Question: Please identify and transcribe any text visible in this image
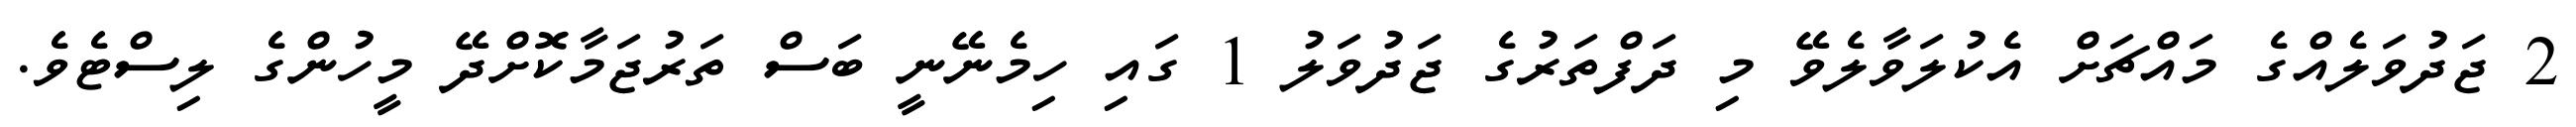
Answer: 2 ޖަދުވަލެއްގެ މައްޗަށް އެކުލަވާލެވޭ މި ދަފްތަރުގެ ޖަދުވަލު 1 ގައި ހިމެނޭނީ ބަސް ތަރުޖަމާކޮށްދޭ މީހުންގެ ލިސްޓެވެ.